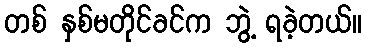
တစ် နှစ်မတိုင်ခင်က ဘွဲ့ ရခဲ့တယ်။